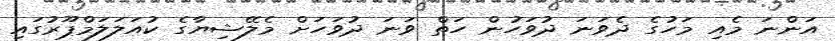
އަންނަ މެއި މަހުގެ ދެވަނަ ދުވަހުން ހަތް ވަނަ ދުވަހަށް މެލޭޝިޔާގެ ކުއަލަލަމްޕޫރުގައި